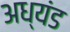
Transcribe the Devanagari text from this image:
अध्यंड